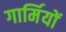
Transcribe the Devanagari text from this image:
गार्मियों